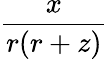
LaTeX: \frac{x}{r(r+z)}